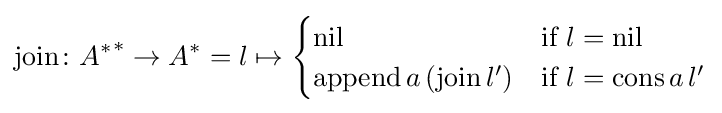
{\text{join}}\colon {A^{*}}^{*}\to A^{*}=l\mapsto {\begin{cases}{\text{nil}}&{\text{if}}\ l={\text{nil}}\\{\text{append}}\,a\,({\text{join}}\,l')&{\text{if}}\ l={\text{cons}}\,a\,l'\end{cases}}